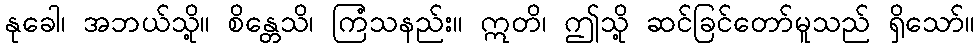
နုခေါ၊ အဘယ်သို့။ စိန္တေသိ၊ ကြံသနည်း။ ဣတိ၊ ဤသို့ ဆင်ခြင်တော်မူသည် ရှိသော်။